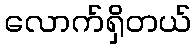
လောက်ရှိတယ်